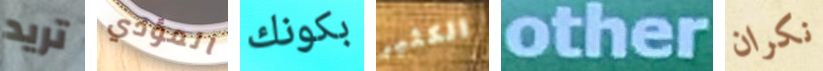
تريد المؤدي بكونك الكثير other نكران